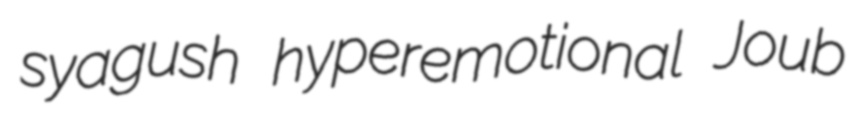
syagush hyperemotional Joub